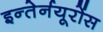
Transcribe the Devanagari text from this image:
इन्तेर्नयूरोंस